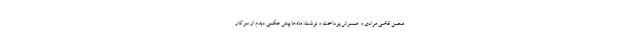
محسن قاضی مرادی و همسرش پرداخت و نوشت: ماه‌ها پیش عکسی دیدم از سرکار